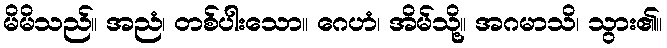
မိမိသည်။ အညံ၊ တစ်ပါးသော။ ဂေဟံ၊ အိမ်သို့။ အဂမာသိ၊ သွား၏။